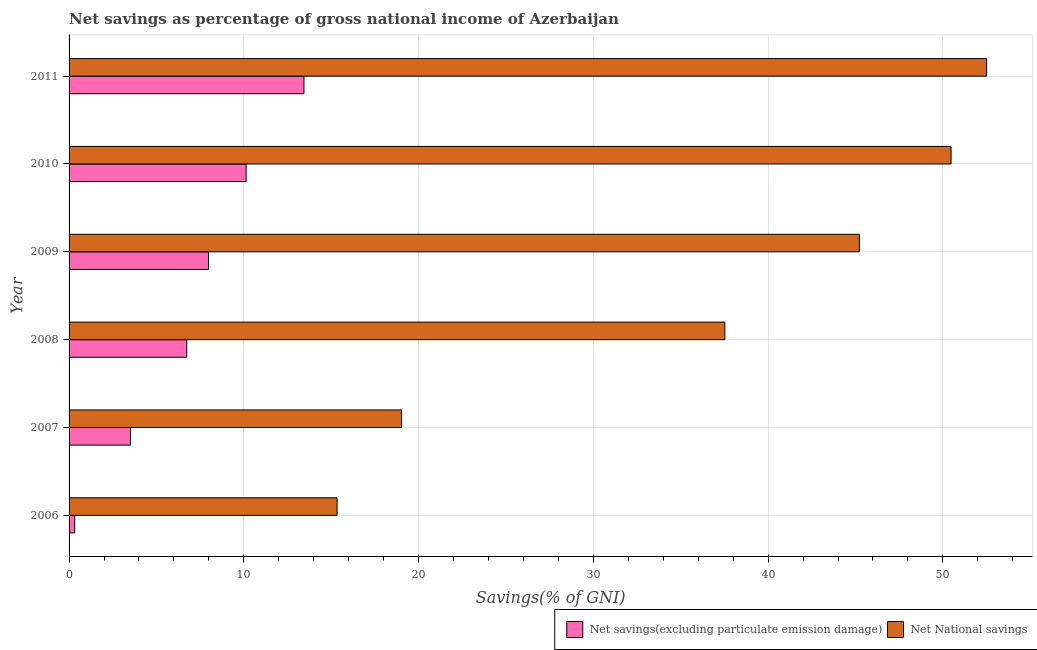
| Year | Net savings(excluding particulate emission damage) | Net National savings |
 | --- | --- | --- |
 | 2006 | 0.321 | 15.3 |
 | 2007 | 3.51 | 19 |
 | 2008 | 6.73 | 37.5 |
 | 2009 | 7.98 | 45.2 |
 | 2010 | 10.1 | 50.5 |
 | 2011 | 13.4 | 52.5 |